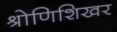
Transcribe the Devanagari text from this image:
श्रोणिशिखर